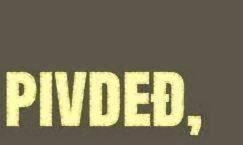
pivdeđ,